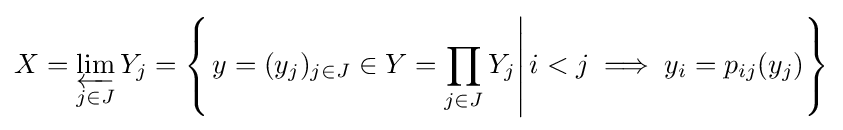
X=\varprojlim _{j\in J}Y_{j}=\left\{\left.y=(y_{j})_{j\in J}\in Y=\prod _{j\in J}Y_{j}\right|i<j\implies y_{i}=p_{ij}(y_{j})\right\}